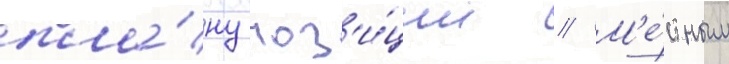
пла́ну поз'и́ции // М'е́стным